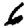
Digit: 6